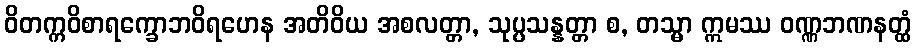
ဝိတက္ကဝိစာရက္ခောဘဝိရဟေန အတိဝိယ အစလတ္တာ, သုပ္ပသန္နတ္တာ စ, တသ္မာ ဣမဿ ဝဏ္ဏဘဏနတ္ထံ